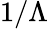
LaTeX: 1/\Lambda